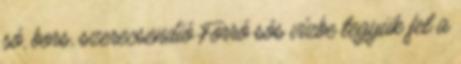
só, bors, szerecsendió Forró sós vízbe tegyük fel a